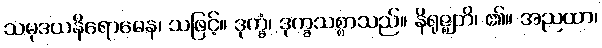
သမုဒယနိရောဓေန၊ သဖြင့်။ ဒုက္ခံ၊ ဒုက္ခသစ္စာသည်။ နိရုဇ္ဈတိ၊ ၏။ အညထာ၊